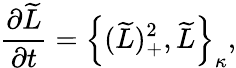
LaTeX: \frac{\partial\widetilde{L}}{\partial t}=\Big\{ (\widetilde{L})_{+}^{2},\widetilde{L}\Big\} _{\kappa},